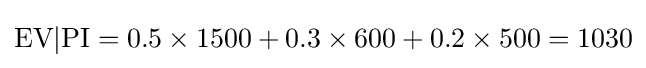
{\mbox{EV}}|{\mbox{PI}}=0.5\times 1500+0.3\times 600+0.2\times 500=1030